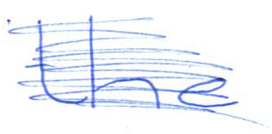
Text: the
Cross-out: scratch
Writing tool: ballpoint